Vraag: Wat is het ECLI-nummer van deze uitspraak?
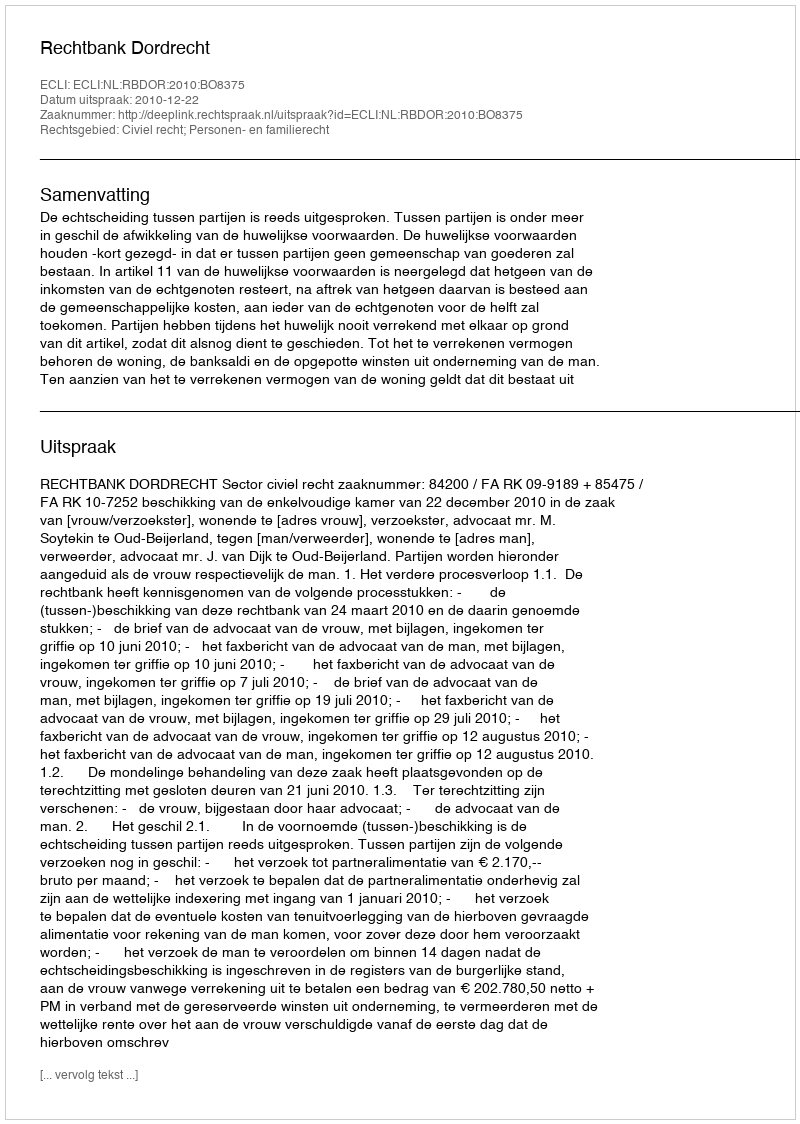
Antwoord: ECLI:NL:RBDOR:2010:BO8375